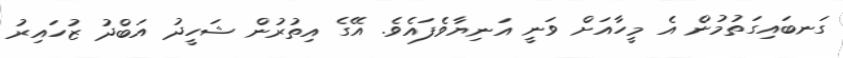
ގަނބައިގަތުމުން އެ މީހާއަށް ވަނީ އަނިޔާވެފައެވެ. އޭގެ އިތުރުން ޝަހީދު އަބްދު ޒުހައިރު